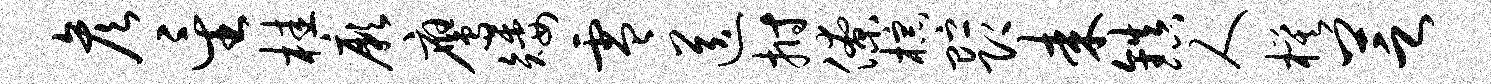
彦星桂厥鹰矮零送拊僚棕贮即耒镇人模芝